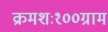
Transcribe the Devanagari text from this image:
क्रमशः१००ग्राम